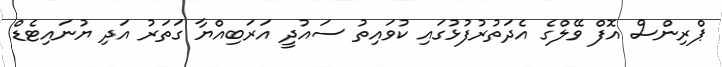
ޕްރިންސް އޮފް ވޭލްގެ އެދަތުރުފުޅުގައި ކުވައިތު ސައުދީ އަރަބިއްޔާ ގަތަރު އަދި ޔުނައިޓެޑް